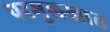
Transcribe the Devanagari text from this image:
परमुलखात